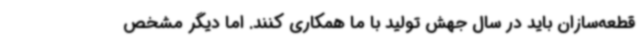
قطعه‌سازان باید در سال جهش تولید با ما همکاری کنند. اما دیگر مشخص